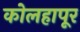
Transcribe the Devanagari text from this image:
कोलहापूर